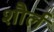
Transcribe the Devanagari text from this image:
शौर्ल